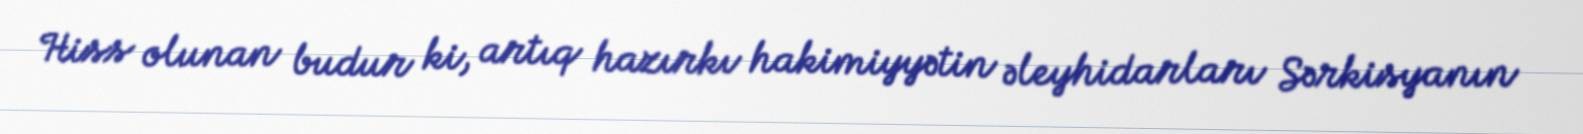
Hiss olunan budur ki, artıq hazırkı hakimiyyətin əleyhidarları Sərkisyanın